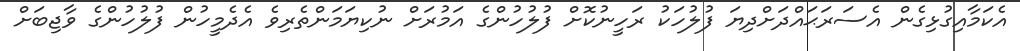
އެކަމާއިގުޅިގެން އެސަރަޙައްދަށްދިޔަ ފުލުހަކު ރަހީނުކޮށް ފުލުހުންގެ އަމުރަށް ނުކިޔަމަންތެރިވެ އެދެމީހުން ފުލުހުންގެ ވާޖިބަށް